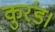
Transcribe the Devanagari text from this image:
कुरंड।